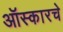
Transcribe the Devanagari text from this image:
ऑस्कारचे